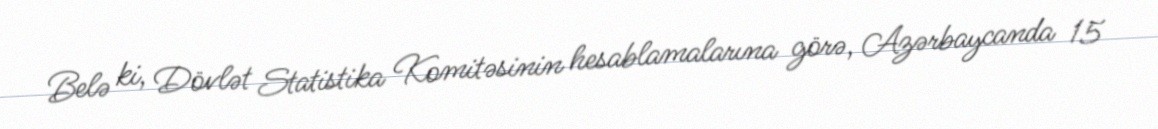
Belə ki, Dövlət Statistika Komitəsinin hesablamalarına görə, Azərbaycanda 15